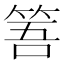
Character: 𥭠